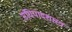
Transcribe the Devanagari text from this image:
संधिपादशास्त्र